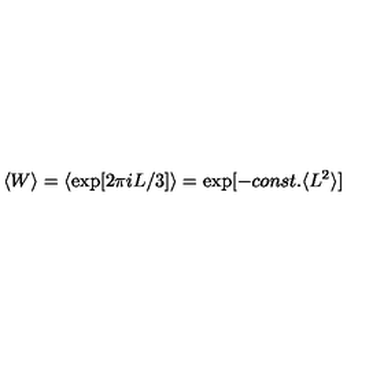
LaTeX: \langle W \rangle = \langle \exp [ 2 \pi i L / 3 ] \rangle = \exp [ - c o n s t . \langle L ^ { 2 } \rangle ]